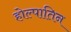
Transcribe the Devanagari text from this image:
होल्पातिन